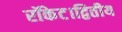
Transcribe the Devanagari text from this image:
रॉकेट।द्वितीय